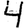
Digit: 4